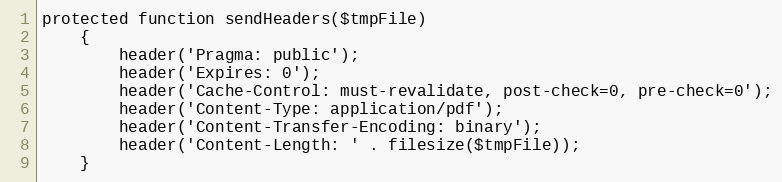
Language: PHP
protected function sendHeaders($tmpFile)
    {
        header('Pragma: public');
        header('Expires: 0');
        header('Cache-Control: must-revalidate, post-check=0, pre-check=0');
        header('Content-Type: application/pdf');
        header('Content-Transfer-Encoding: binary');
        header('Content-Length: ' . filesize($tmpFile));
    }